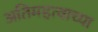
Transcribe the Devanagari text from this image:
अतिमहत्वाच्या